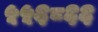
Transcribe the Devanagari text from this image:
५५६८६६